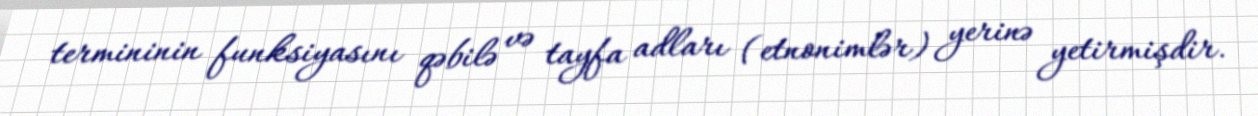
termininin funksiyasını qəbilə və tayfa adları (etnonimlər) yerinə yetirmişdir.